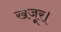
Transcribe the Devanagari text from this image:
खजूर।